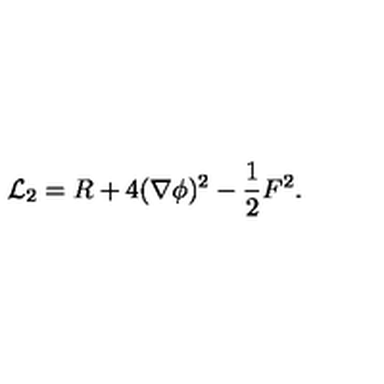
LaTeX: { \cal L } _ { 2 } = R + 4 ( \nabla \phi ) ^ { 2 } - \frac { 1 } { 2 } F ^ { 2 } .